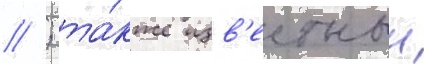
// ; та́кже изв'естныи